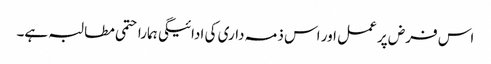
اس فرض پر عمل اور اس ذمہ داری کی ادائیگی ہمارا حتمی مطالبہ ہے۔